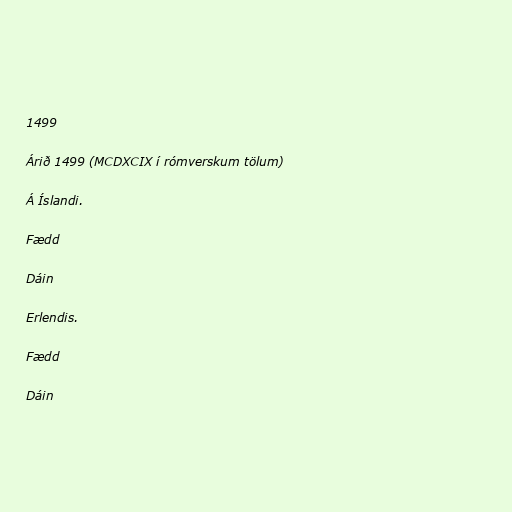
1499

Árið 1499 (MCDXCIX í rómverskum tölum)

Á Íslandi.

Fædd

Dáin

Erlendis.

Fædd

Dáin